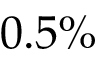
0 . 5 \%